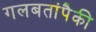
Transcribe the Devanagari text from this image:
गलबतांपैकी